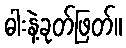
ဓါးနဲ့ခုတ်ဖြတ်။